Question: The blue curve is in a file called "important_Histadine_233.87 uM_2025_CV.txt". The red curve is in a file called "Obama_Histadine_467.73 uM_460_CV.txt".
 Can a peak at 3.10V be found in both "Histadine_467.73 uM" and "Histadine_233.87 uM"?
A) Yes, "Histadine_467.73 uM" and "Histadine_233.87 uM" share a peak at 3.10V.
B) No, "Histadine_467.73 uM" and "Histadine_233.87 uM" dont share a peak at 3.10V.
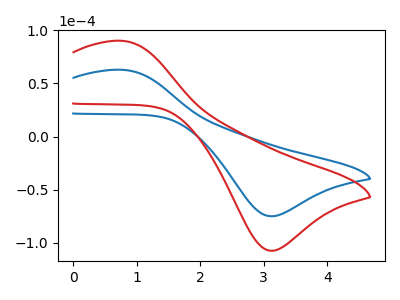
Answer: <think>The blue curve "Histadine_233.87 uM" has an anodic peak at (0.75V, 62.95uA) and a cathodic peak at (3.10V, -75.00uA). The red curve "Histadine_467.73 uM" has an anodic peak at (0.75V, 90.25uA) and a cathodic peak at (3.10V, -107.50uA).</think>
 <answer>A) Yes, "Histadine_467.73 uM" and "Histadine_233.87 uM" share a peak at 3.10V.</answer>
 <eval>A</eval>